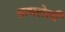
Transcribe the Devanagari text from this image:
साधलेली